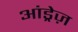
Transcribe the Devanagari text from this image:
आंड्रेज़